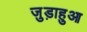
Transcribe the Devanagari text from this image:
जुड़ाहुआ